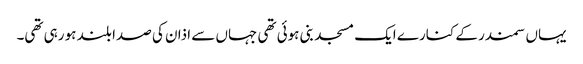
یہاں سمندر کے کنارے ایک مسجد بنی ہوئی تھی جہاں سے اذان کی صدا بلند ہو رہی تھی۔